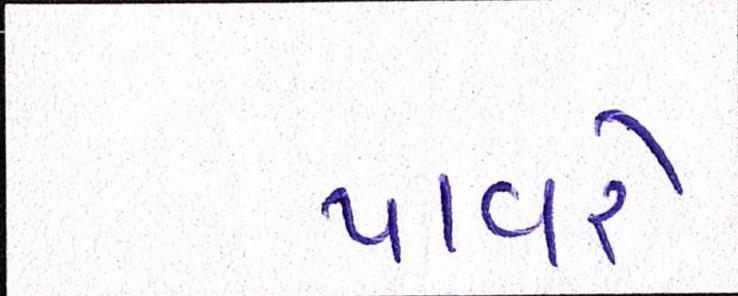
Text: પાવરે